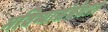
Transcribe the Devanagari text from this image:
भविष्यासंबंधात